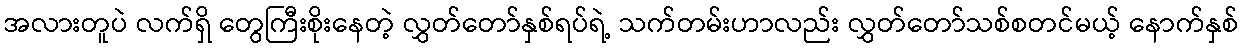
အလားတူပဲ လက်ရှိ တွေကြီးစိုးနေတဲ့ လွှတ်တော်နှစ်ရပ်ရဲ့ သက်တမ်းဟာလည်း လွှတ်တော်သစ်စတင်မယ့် နောက်နှစ်